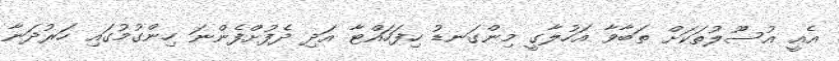
އެއީ އުސޫލުތަކަށް ތަބާވާ އަހުލާގީ މިންގަނޑު ހިފަހައްޓާ އަދި ދެފުށްފެންނަ ހިންގުމުގައި ހަރުދަނާ